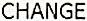
CHANGE